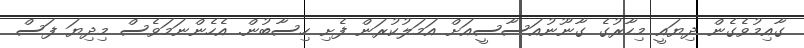
ގާއިމުވެގެން ދިޔައީ މިހާރުގެ ގާނޫނުއަސާސީއަށް އަމަލުކުރަން ފެށި ހިސާބުން. އެހެންނަމަވެސް މިދިޔަ ފަސް